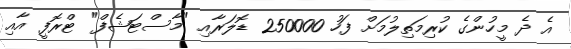
އެ ދެ މީހުންގެ ކުރިމަތިލުމަށް ފަހު 250000 ޑޮލަރާއި "މާސްޓަޝެފް" ޓްރޮފީ އާއި